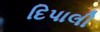
દિપાલી